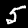
Digit: 5